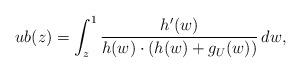
LaTeX: \begin{align*} ub(z) = \int_z^1 \frac{h'(w)}{h(w)\cdot(h(w)+g_U(w))}\,dw, \end{align*}